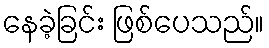
နေခဲ့ခြင်း ဖြစ်ပေသည်။